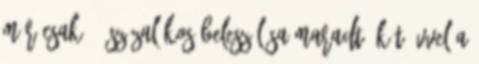
már csak 10 százalékos beleszólása maradt. Két évvel a